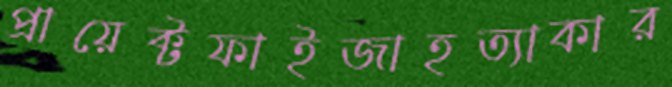
প্রায়েক্টফাইজাহত্যাকার